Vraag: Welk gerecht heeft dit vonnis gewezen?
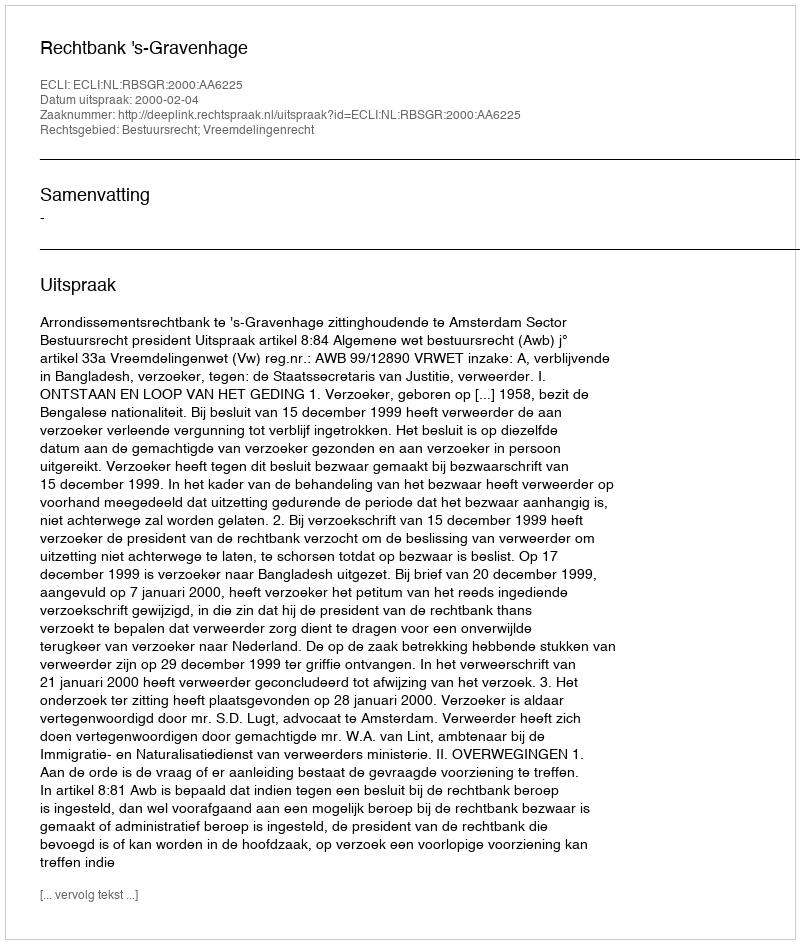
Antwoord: Rechtbank 's-Gravenhage